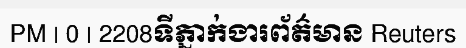
PM | 0 | 2208ទីភ្នាក់ងារព័ត៌មាន Reuters